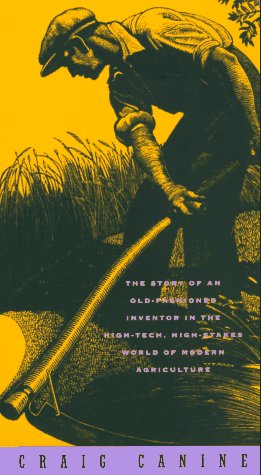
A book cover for Dream Reaper: The Story of an Old-Fashioned Inventor in the High-Tech, High-Stakes World of Modern Agriculture (Sloan Technology Series); Craig Canine; Science & Math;